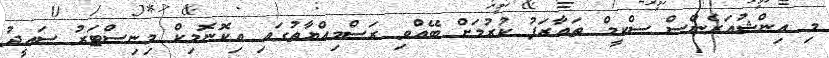
މި އިންޝުއަރެންސް ސްކީމް ތައާރަފު ކުރުމަށް ބޭއްވި ރަސްމިއްޔާތުގައި އިކޮނޮމިކް މިނިސްޓަރު ސައީދު